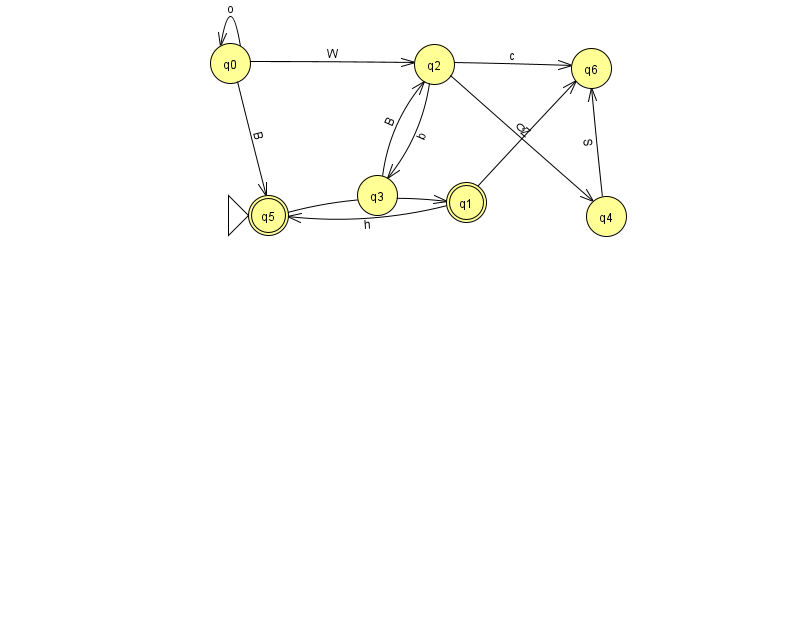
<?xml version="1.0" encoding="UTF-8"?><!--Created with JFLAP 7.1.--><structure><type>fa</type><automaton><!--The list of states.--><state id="0" name="q0"><x>230.0</x><y>50.0</y></state><state id="1" name="q1"><x>466.0</x><y>189.0</y><final/></state><state id="2" name="q2"><x>434.0</x><y>51.0</y></state><state id="3" name="q3"><x>377.0</x><y>182.0</y></state><state id="4" name="q4"><x>606.0</x><y>203.0</y></state><state id="5" name="q5"><x>268.0</x><y>202.0</y><initial/><final/></state><state id="6" name="q6"><x>591.0</x><y>55.0</y></state><!--The list of transitions.--><transition><from>2</from><to>3</to><read>b</read></transition><transition><from>3</from><to>2</to><read>B</read></transition><transition><from>1</from><to>5</to><read>h</read></transition><transition><from>2</from><to>4</to><read>Z</read></transition><transition><from>0</from><to>5</to><read>B</read></transition><transition><from>4</from><to>6</to><read>S</read></transition><transition><from>1</from><to>6</to><read>Q</read></transition><transition><from>2</from><to>6</to><read>c</read></transition><transition><from>5</from><to>1</to><read>g</read></transition><transition><from>0</from><to>2</to><read>W</read></transition><transition><from>0</from><to>0</to><read>o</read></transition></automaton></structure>